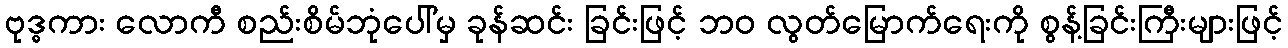
ဗုဒ္ဓကား လောကီ စည်းစိမ်ဘုံပေါ်မှ ခုန်ဆင်း ခြင်းဖြင့် ဘဝ လွတ်မြောက်ရေးကို စွန့်ခြင်းကြီးများဖြင့်